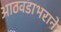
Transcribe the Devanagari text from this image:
आठवडाभराने